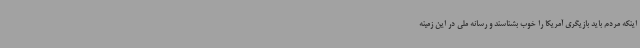
اینکه مردم باید بازیگری آمریکا را خوب بشناسند و رسانه ملی در این زمینه